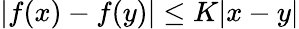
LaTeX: |f(x)-f(y)|\leq K|x-y|